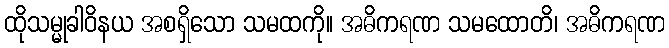
ထိုသမ္မုခါဝိနယ အစရှိသော သမထကို။ အဓိကရဏ သမထောတိ၊ အဓိကရဏ